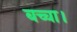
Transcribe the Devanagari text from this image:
बच्चा।